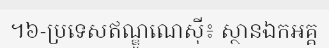
។៦-ប្រទេសឥណ្ឌូណេស៊ី៖ ស្ថានឯកអគ្គ